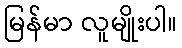
မြန်မာ လူမျိုးပါ။